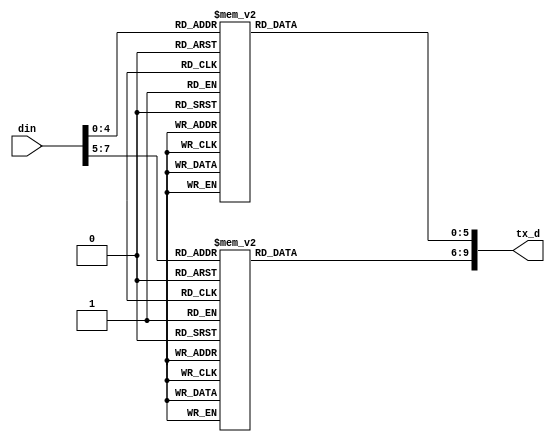
module eight_ten
(
	input wire [7:0] din,
	
	output wire [9:0] tx_d
);

wire [2:0] three_msb;
wire [4:0] five_lsb;

reg [3:0] four_msb;
reg [5:0] six_lsb;

assign five_lsb[0] = din[0];
assign five_lsb[1] = din[1];
assign five_lsb[2] = din[2];
assign five_lsb[3] = din[3];
assign five_lsb[4] = din[4];

assign three_msb[0] = din[5];
assign three_msb[1] = din[6];
assign three_msb[2] = din[7];

always @ *
begin
	
	casex (five_lsb)
	
		5'd0: six_lsb = 6'b100_111;
		5'd1: six_lsb = 6'b011_101;
		5'd2: six_lsb = 6'b101_101;
		5'd3: six_lsb = 6'b110_001;
		
		5'd4: six_lsb = 6'b110_101;
		5'd5: six_lsb = 6'b101_001;
		5'd6: six_lsb = 6'b011_001;
		5'd7: six_lsb = 6'b111_000;
		
		5'd8: six_lsb = 6'b111_001;
		5'd9: six_lsb = 6'b100_101;
		5'd10: six_lsb = 6'b010_101;
		5'd11: six_lsb = 6'b110_100;
		
		5'd12: six_lsb = 6'b001_101;
		5'd13: six_lsb = 6'b101_100;
		5'd14: six_lsb = 6'b011_100;
		5'd15: six_lsb = 6'b010_111;
		
		5'd16: six_lsb = 6'b011_111;
		5'd17: six_lsb = 6'b100_011;
		5'd18: six_lsb = 6'b010_011;
		5'd19: six_lsb = 6'b110_010;
		
		5'd20: six_lsb = 6'b001_011;
		5'd21: six_lsb = 6'b101_010;
		5'd22: six_lsb = 6'b011_010;
		5'd23: six_lsb = 6'b111_010;
		
		5'd24: six_lsb = 6'b110_011;
		5'd25: six_lsb = 6'b100_110;
		5'd26: six_lsb = 6'b010_110;
		5'd27: six_lsb = 6'b110_110;
		
		5'd28: six_lsb = 6'b001_110;
		5'd29: six_lsb = 6'b101_110;
		5'd30: six_lsb = 6'b011_110;
		5'd31: six_lsb = 6'b101_011;
		
	endcase
	
	casex (three_msb)
	
		3'd0: four_msb = 4'b0100;
		3'd1: four_msb = 4'b1001;
		3'd2: four_msb = 4'b0101;
		3'd3: four_msb = 4'b0011;
		
		3'd4: four_msb = 4'b0010;
		3'd5: four_msb = 4'b1010;
		3'd6: four_msb = 4'b0110;
		3'd7: four_msb = 4'b0001;
		
	endcase

end

assign tx_d = {four_msb, six_lsb};

endmodule